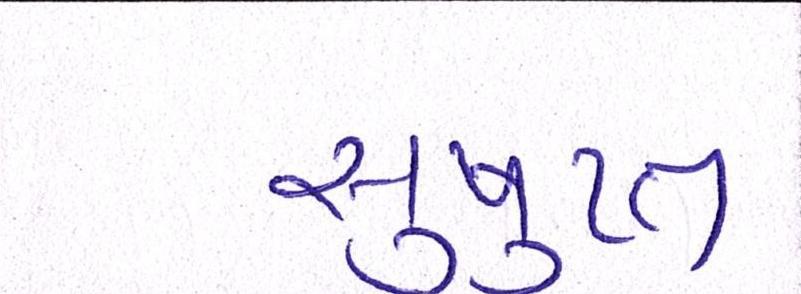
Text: સુષુપ્ત